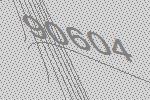
90604